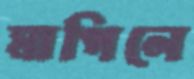
মাপিলে